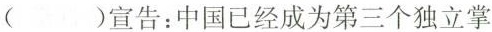
( )宣告：中国已经成为第三个独立掌